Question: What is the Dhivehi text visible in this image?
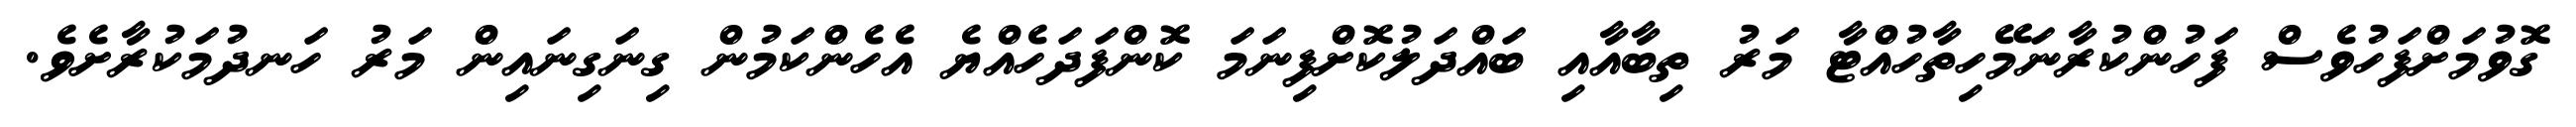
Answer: ގޮވުމަށްފަހުވެސް ފަހުންކުރާނަމޭހިތާހުއްޓާ މަރު ތިބާއާއި ބައްދަލުކޮށްފިނަމަ ކޮންފަދަހެއްޔެ އެހެންކަމުން ގިނަގިނައިން މަރު ހަނދުމަކުރާށެވެ.